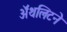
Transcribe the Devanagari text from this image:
ॲथलिटने